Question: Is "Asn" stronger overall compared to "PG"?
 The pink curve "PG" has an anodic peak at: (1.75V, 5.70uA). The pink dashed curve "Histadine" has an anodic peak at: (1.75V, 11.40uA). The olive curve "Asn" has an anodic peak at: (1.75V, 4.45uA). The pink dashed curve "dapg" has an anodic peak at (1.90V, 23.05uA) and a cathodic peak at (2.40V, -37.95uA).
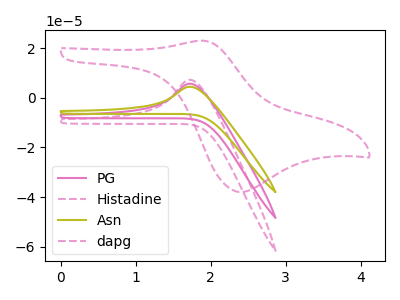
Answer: <think>All the peaks in "Asn" have a peak in "PG" at the same potential. Every peak in "Asn" is lower than every peak in "PG".
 </think>
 <answer>"Asn" has less signal than "PG".</answer>
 <eval>less_signal</eval>